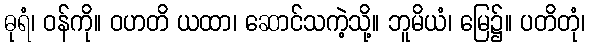
ဓုရံ၊ ဝန်ကို။ ဝဟတိ ယထာ၊ ဆောင်သကဲ့သို့။ ဘူမိယံ၊ မြေ၌။ ပတိတုံ၊